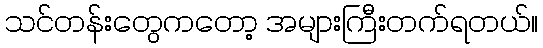
သင်တန်းတွေကတော့ အများကြီးတက်ရတယ်။